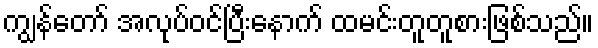
ကျွန်တော် အလုပ်ဝင်ပြီးနောက် ထမင်းတူတူစားဖြစ်သည်။